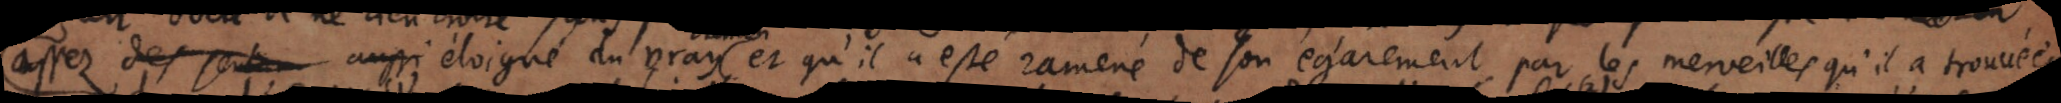
assez aussi éloigné du vray et qu’il a esté ramené de son égarement par les merveilles qu’il a trouvées